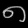
Digit: ၈